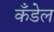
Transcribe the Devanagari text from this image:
कँडेल